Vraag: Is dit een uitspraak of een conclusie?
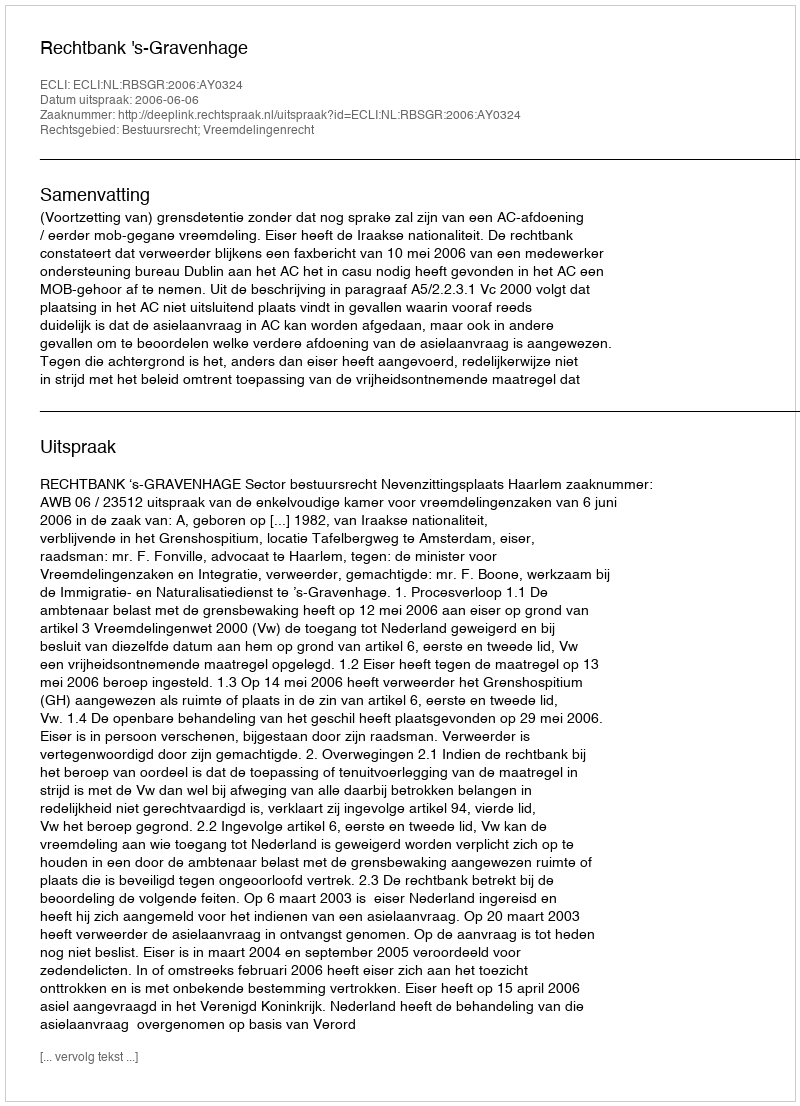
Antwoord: Uitspraak